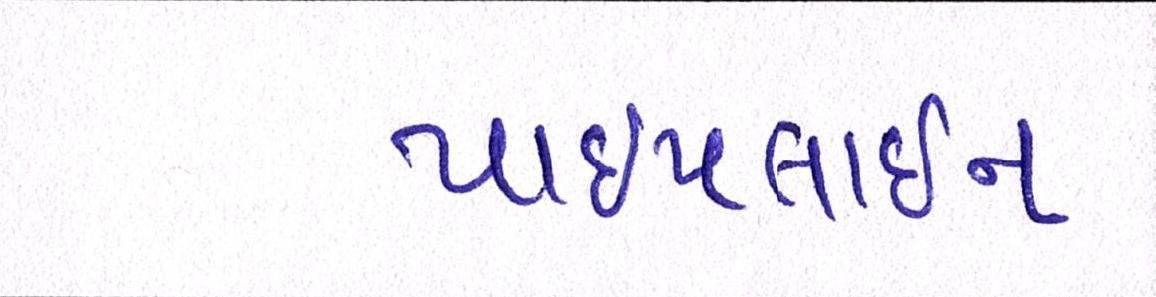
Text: પાઈપલાઈન